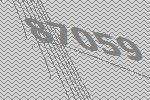
87059